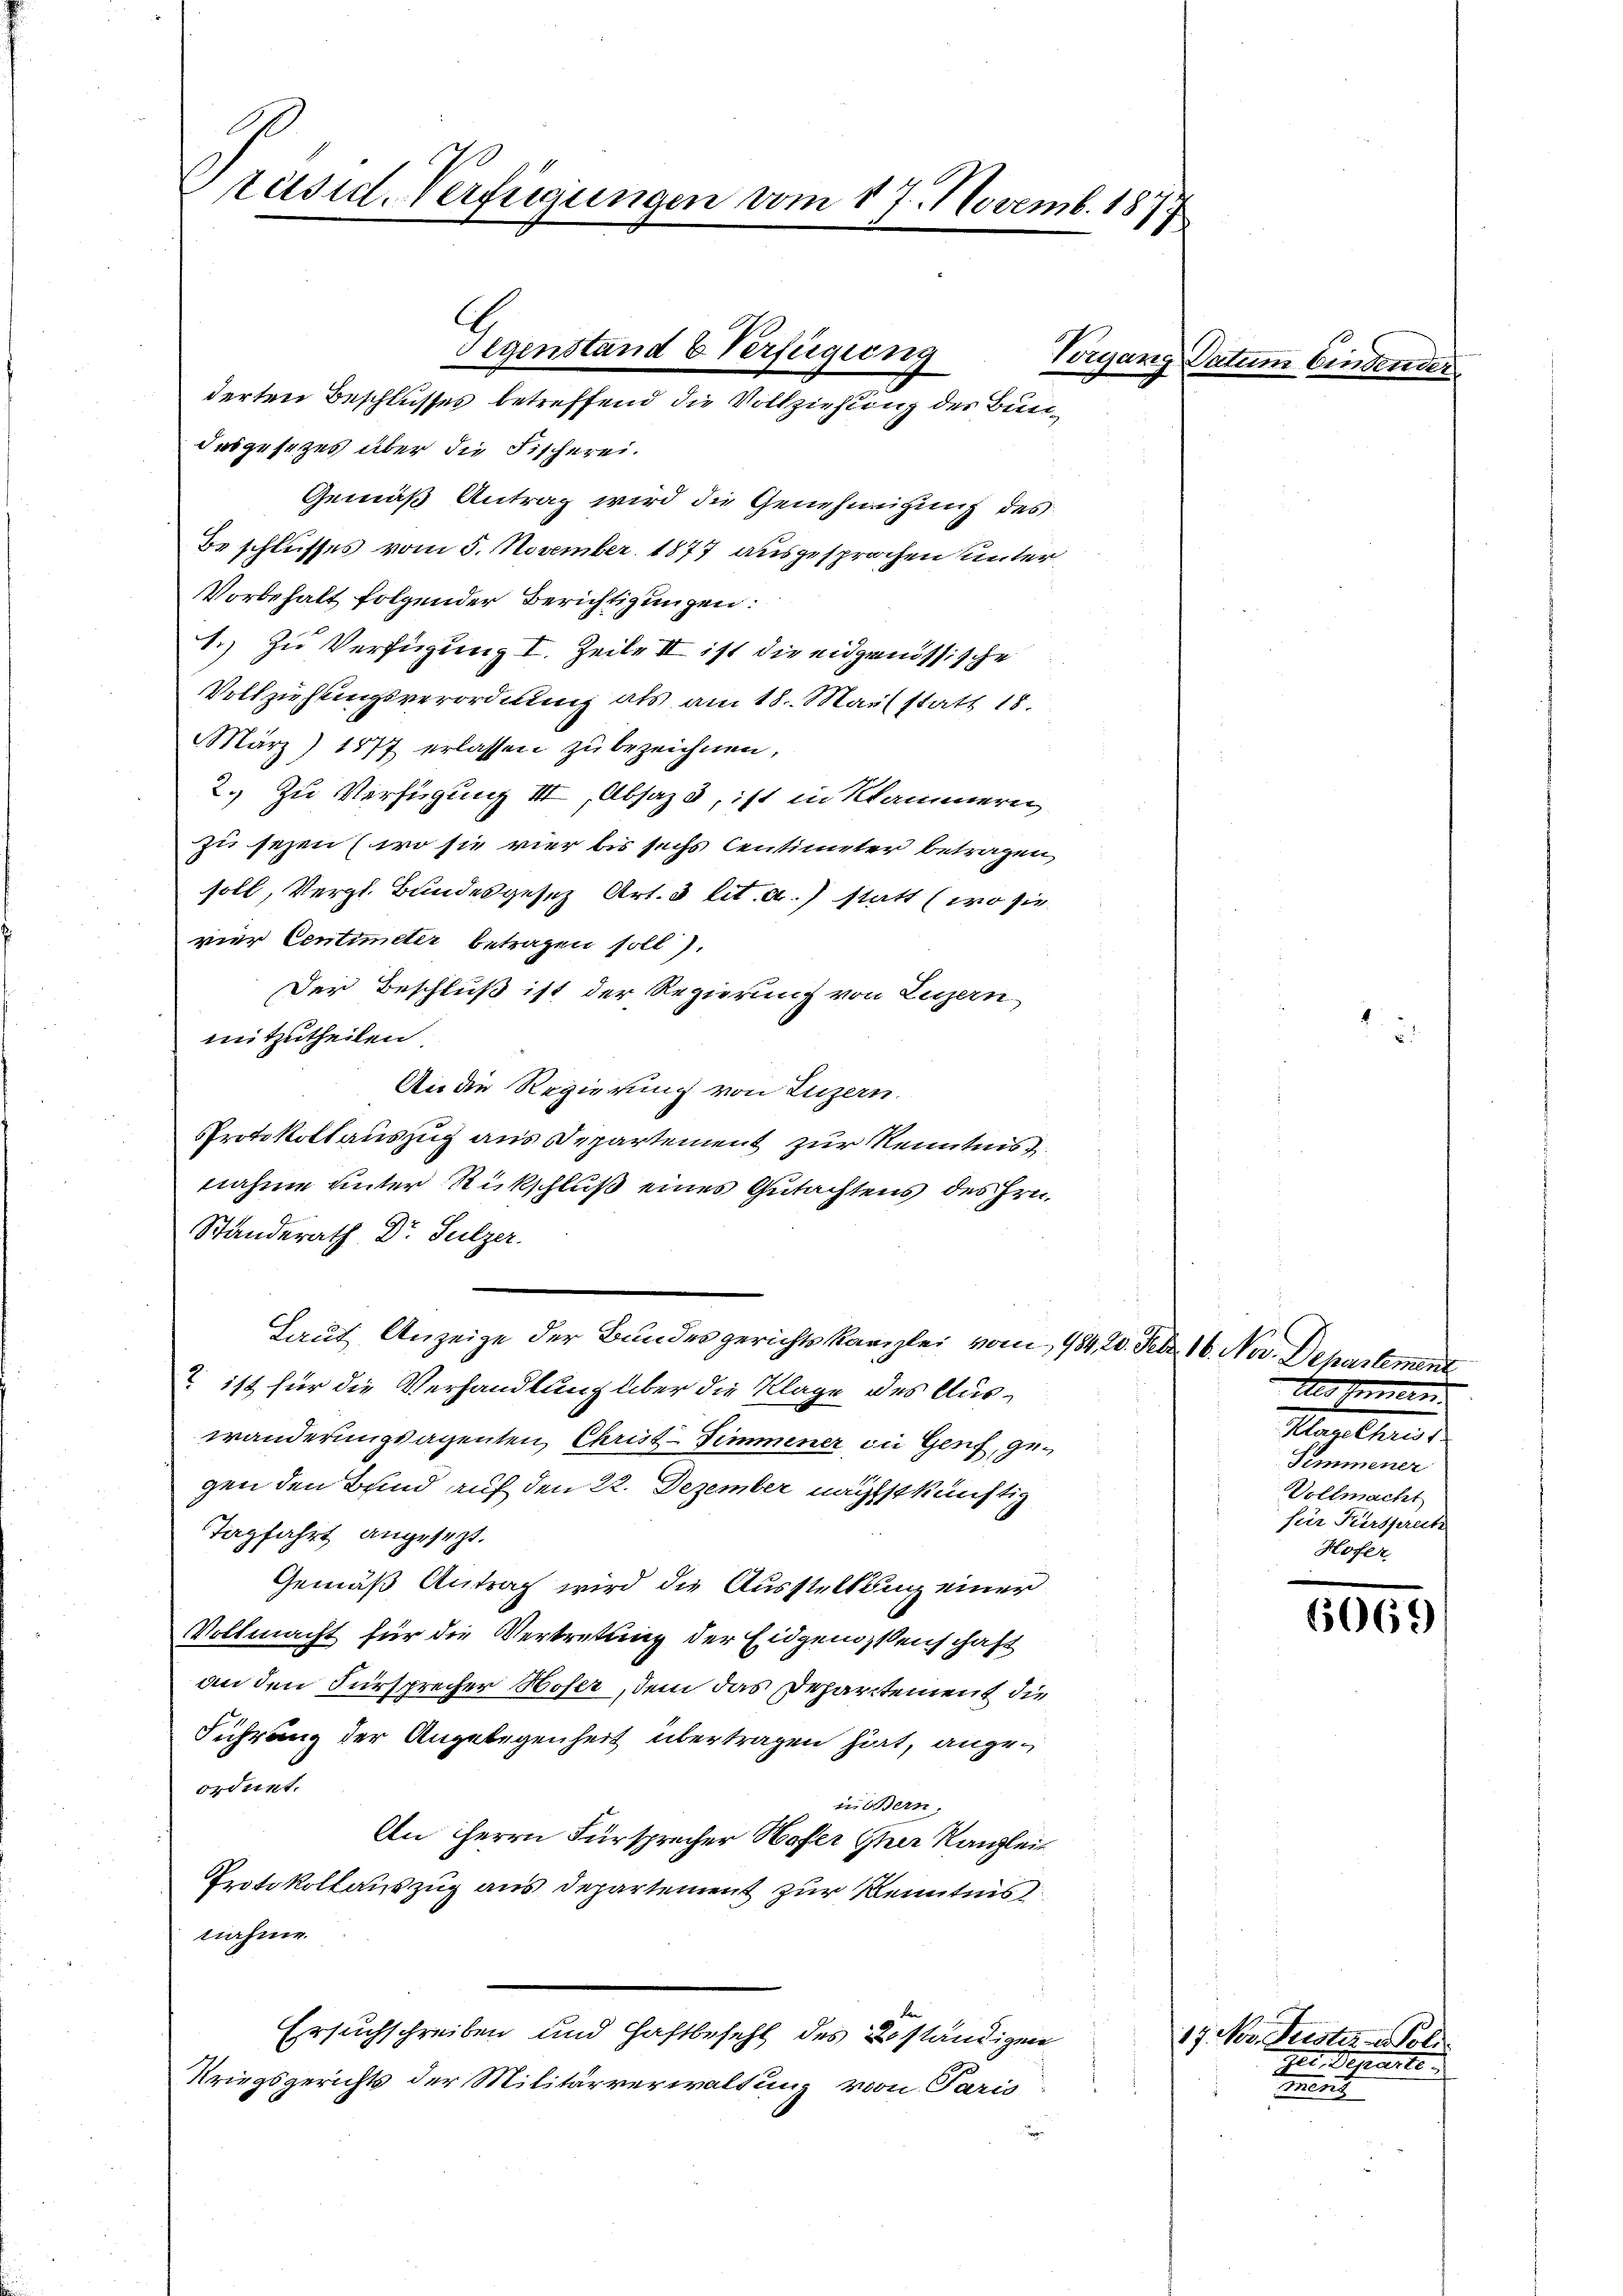
Präsid-Verfügungen vom 17. Novemb. 1877

desgesezes über die Fischerei.
Gemäß Antrag wird die Genehmigung des
Beschlusses vom 5. November 1877 ausgesprochen unter
Vorbehalt folgender Berichtigungen:
1.) Zu Verfügung I. Zeile II ist die eidgenössische
Vollziehungsverordnung als am 18. Mai statt 18.
März 1877 erlassen zu bezeichnen,
2.) Zu Verfügung III, Absaz, ist in Klammern
zu sezen (wo sie vier bis sechs Centimeter betragen,
soll, Vergl. Bundesgesetz Art. 3 lit. a.) statt (wo sie
vier Centimeter betragen soll).
Der Beschluß ist der Regierung von Luzern,
mitzutheilen.
An die Regierung von Luzern.
Protokollauszug aus Departement zur Kenntnis.
nahme unter Rückschluß eines Gutachtens des Hrn.
Standerath Dr Sulzer.
Laut Anzeige der Bundesgerichtskanzlei vom 484. 20. Febr. 16. Nov. Departement
 ist für die Verhandlung über die Klage des Auswanderungsagenten, Christ-Zimmener die Genf, gegen den Bund auf den 22. Dezember nächstkünftig
Tagfahrt angesezt.
Gemäß Antrag wird die Ausstellung einer
Vollmacht für die Vertretung der Eidgenossenschaft
an den Fürsprecher Hofer, dem das Departement die
Führung der Angelegenheit übertragen hat, angeordnet.
in Bern.
An Herrn Fürsprecher Hofer Ihre Kanzlei
Protokollauszug aus Departement zur Kenntnis
nahme.
Ersuchschreiben und Haftbefehl des Beständigen
Kriegsgerichts der Militärverwaltung von Paris

Gegenstand & Verfügung
Vorgan
derten Beschlusses betreffend die Vollziehung des Bun¬

Datum binden

Als kommern
Maulter d
Semmener
Vollmacht
für Fürsprech
Höfer

6069

17. Nov. Gester - Poli
Ger. Departe
men